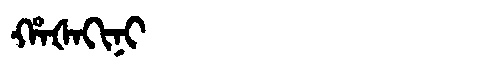
Manchu: ᡥᠠᡧᠠᡴᡳᠨᡳ
Romanization: HAŠAKINI